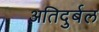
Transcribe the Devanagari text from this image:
अतिदुर्बल